system: You are a helpful assistant.
user:
Analyze the provided spectrum to determine if it is a **Carbon Star (C-type)**.

- **Key Visual Indicators of Carbon Star:**
    - **(Primary):** Strong molecular absorption from **C₂ (diatomic carbon) "Swan Bands."** This is the **defining feature** of a carbon star.
        - **(Key Bandheads):** Sharp absorption edges are visible at approximately $5635$ Å, $5165$ Å (the strongest band), and $4737$ Å.
        - **(Line Profile):** Creates a distinct **"saw-tooth"** pattern. The key morphology is a sharp, steep bandhead on the **red (long-wavelength) side**, which then gradually tapers off (i.e., flux recovers) towards the **blue (short-wavelength) side**. *(This is the direct opposite of the TiO bands seen in M-type stars)*.

    - **(Secondary):** Intense **CN (cyanogen)** molecular absorption bands.
        - **(Key Bandheads):** Located in the blue and violet regions of the spectrum (e.g., near $4215$ Å and $3883$ Å).
        - **(Morphology):** These bands are extremely broad and act as a "blanket," absorbing the vast majority of blue and violet light. This creates a characteristic **"cliff"** or **"steep drop-off"** in the spectrum's flux at short wavelengths.

    - **(Key Confirmation):** Strong **CH absorption band (G-band)**.
        - **(Key Bandhead):** Located around $4300$ Å. The contribution from CH molecules to this band is exceptionally strong.

    - **(Overall Spectrum):**
        - The continuum is severely "chopped up" by these deep molecular bands, especially C₂, rather than appearing as a smooth curve.
        - Due to the heavy CN and C₂ absorption in the blue-green, the vast majority of the star's flux is concentrated in the red part of the spectrum, giving the star its characteristic deep red color.

Think first, call **spectral_visualization_tool** if needed to examine features in detail, then provide your final answer. Your response must adhere to the following strict rules:
1.  **Overall Structure:** Your response must follow the format `<think>...</think> <tool_call>...</tool_call> (if a tool is used) <answer>...</answer>`.
2.  **Tool Usage Constraint:** You may only make **one** tool call per turn.
3.  **Final Answer Format:** In the `<answer>` tag, your conclusion must be inside a `\boxed{}` command (e.g., `\boxed{YES}`), followed by your justification.

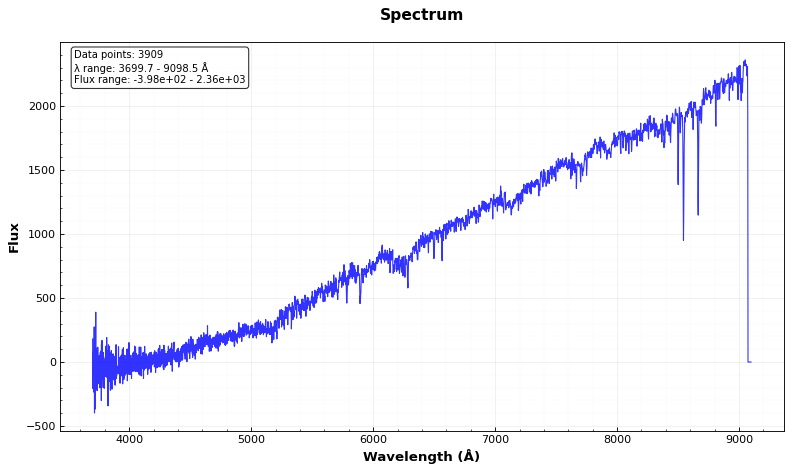
Answer: NO